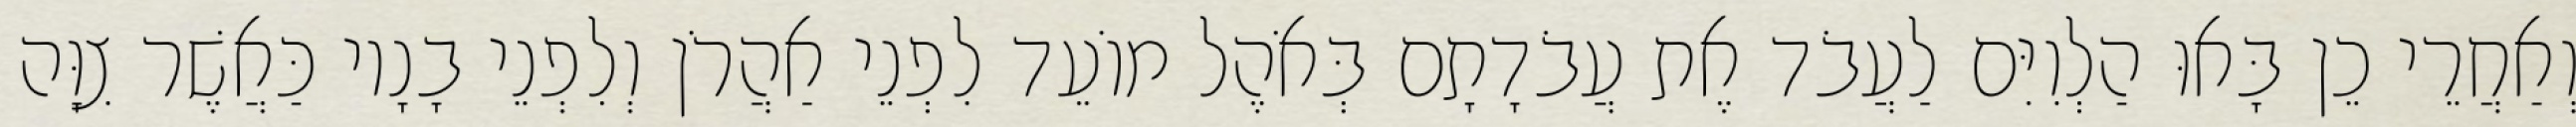
וְאַחֲרֵי כֵן בָּאוּ הַלְוִיִּם לַעֲבֹד אֶת עֲבֹדָתָם בְּאֹהֶל מוֹעֵד לִפְנֵי אַהֲרֹן וְלִפְנֵי בָנָיו כַּאֲשֶׁר צִוָּה